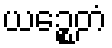
ယဉ္စေတံ